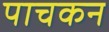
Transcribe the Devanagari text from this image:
पाचकन